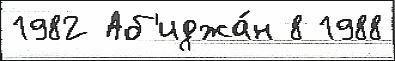
1982 Аб'иджа́н 8 1988